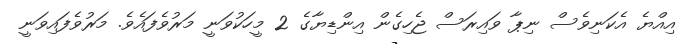
އިއްޔެ އެކަނިވެސް ނިޕާ ވައިރަސް ޖެހިގެން އިންޑިޔާގެ 2 މީހަކުވަނީ މަރުވެފައެވެ. މަރުވެފައިވަނީ